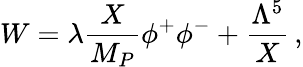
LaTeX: W=\lambda\frac{X}{M_{P}}\phi^{+}\phi^{-}+\frac{\Lambda^{5}}{X}\, ,